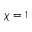
\chi = 1